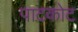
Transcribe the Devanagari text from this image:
पाटकोट